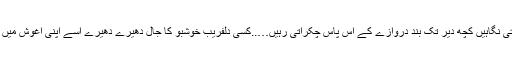
اس کی بھٹکتی نگاہیں کچھ دیر تک بند دروازے کے آس پاس چکراتی رہیں…..کسی دلفریب خوشبو کا جال دھیرے دھیرے اسے اپنی آغوش میں لینے لگا تھا۔